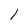
Character: l